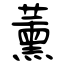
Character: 薰